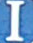
I